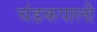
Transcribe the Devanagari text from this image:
चंडकपाली